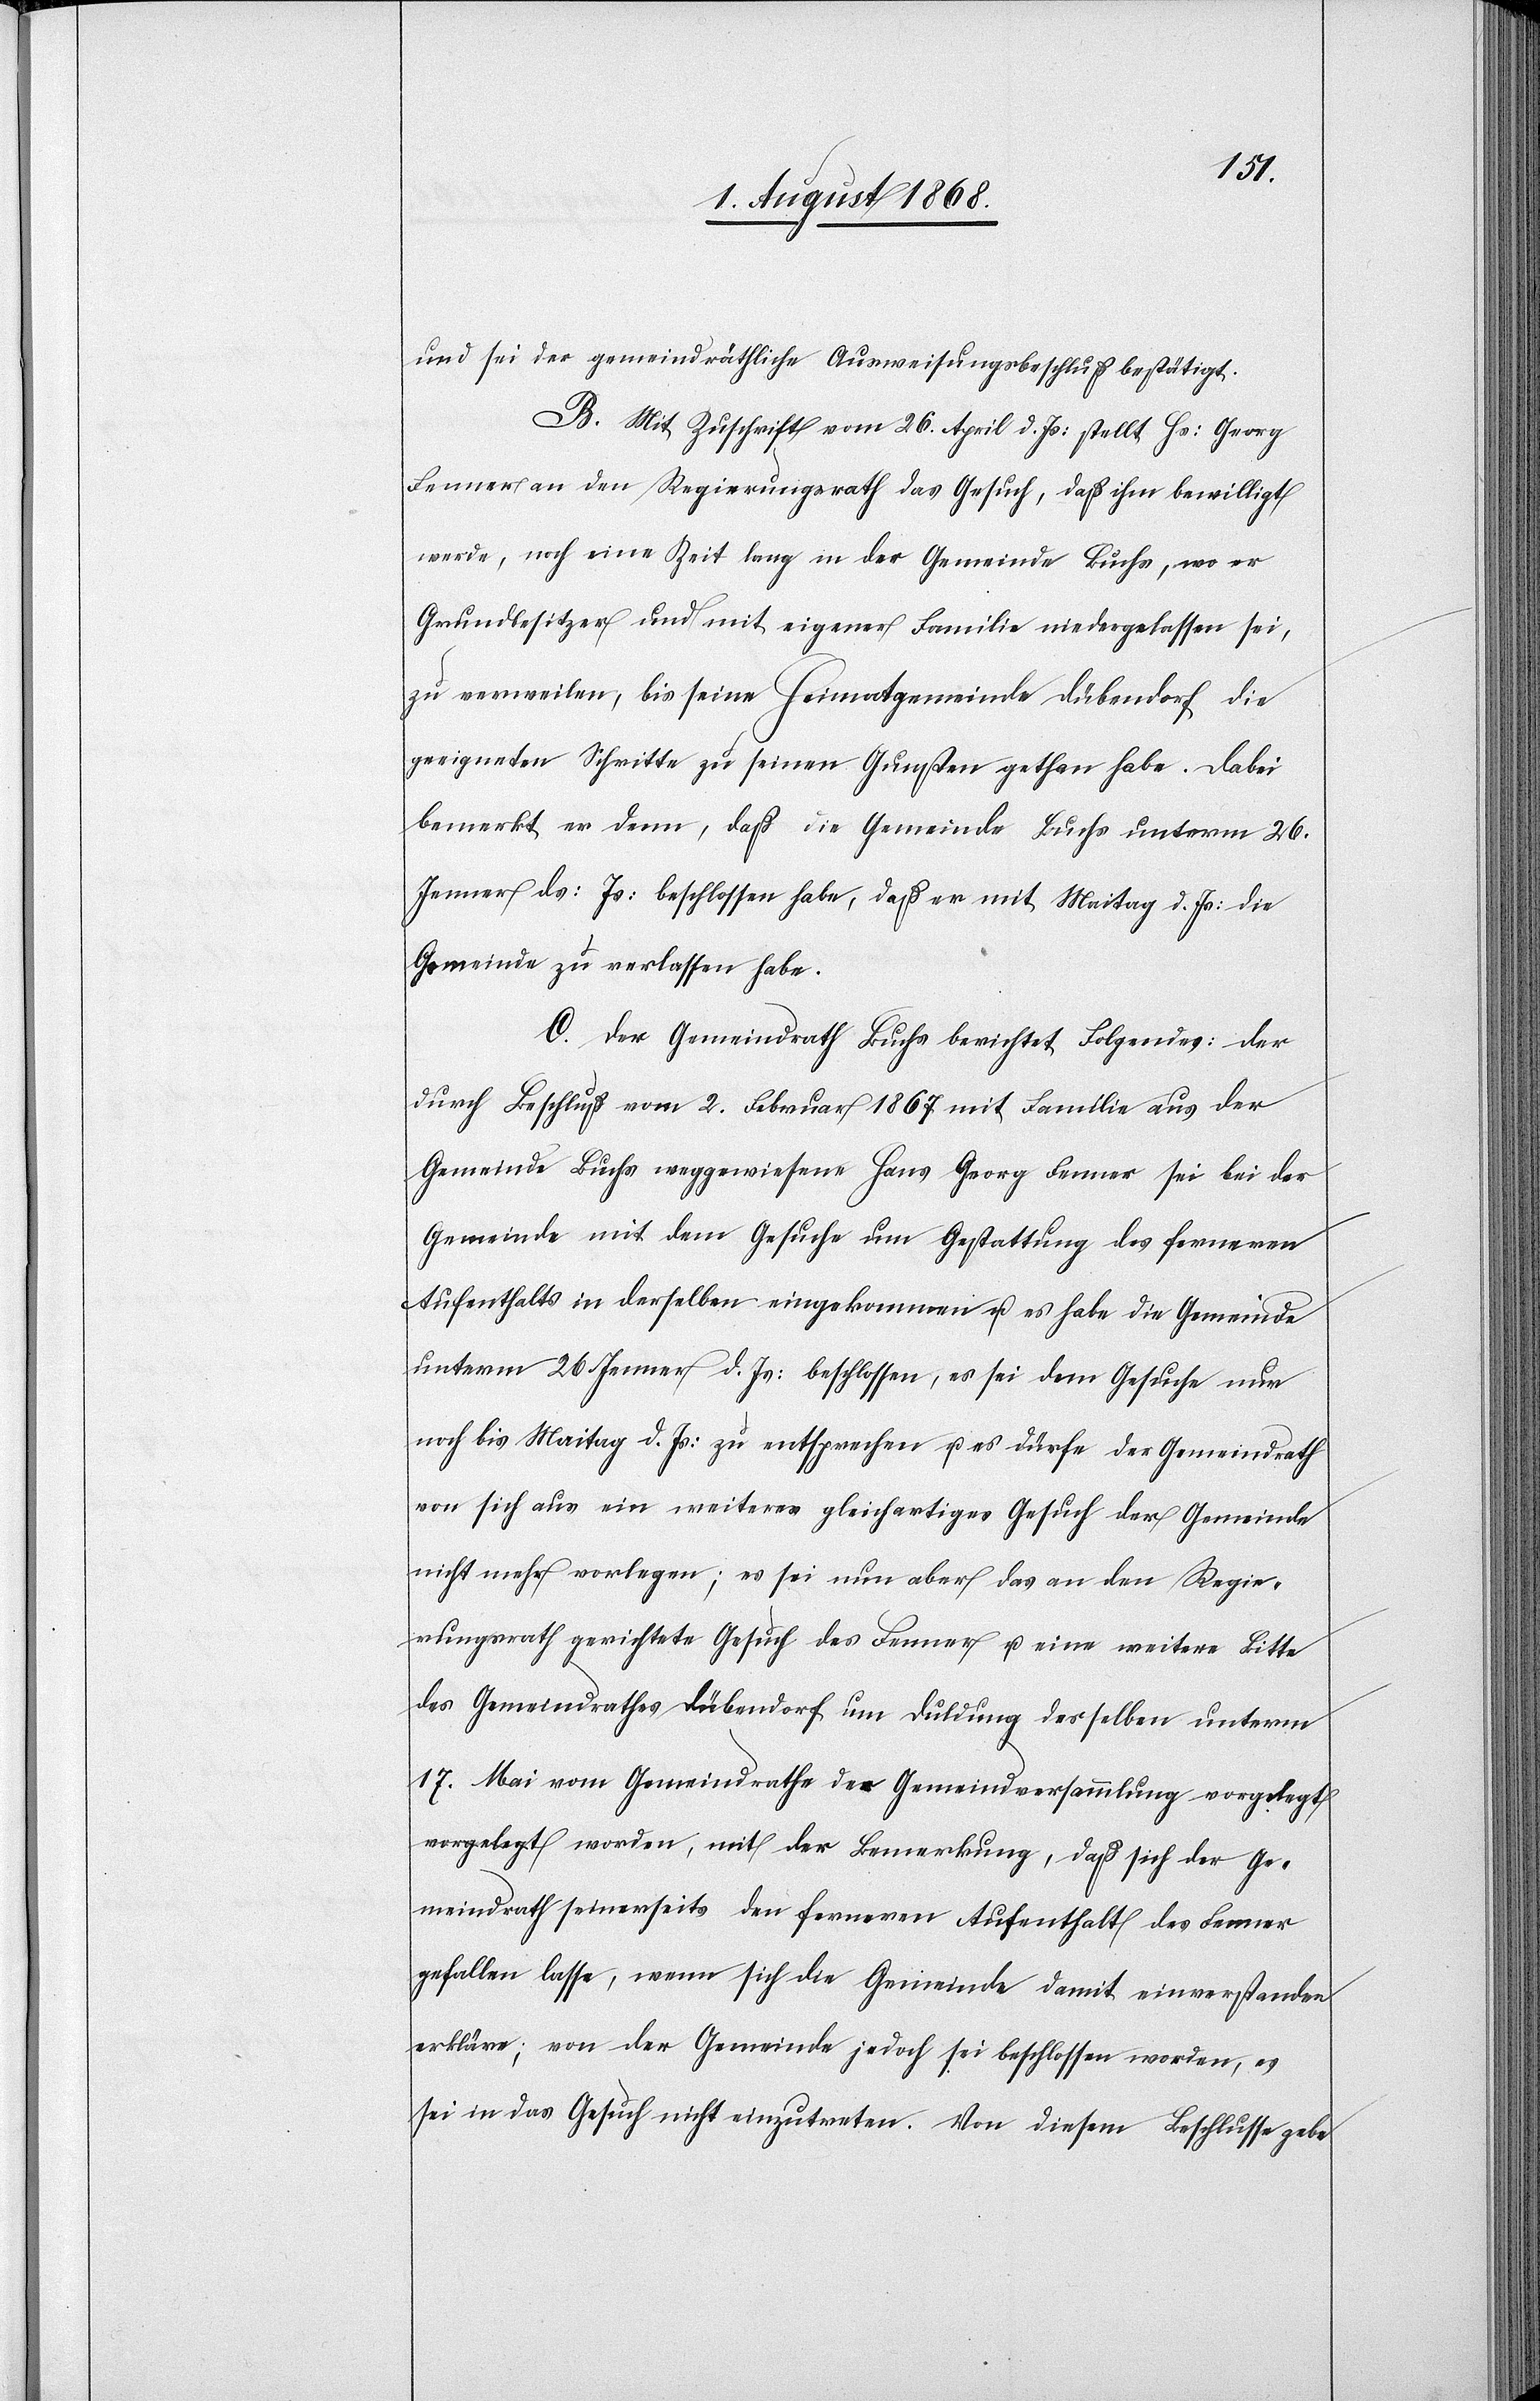
und sei der gemeindräthliche Ausweisungsbeschluß bestätigt.
B. Mit Zuschrift vom 26. April d. Js: stellt Hs: Georg
Fenner an den Regierungsrath das Gesuch, daß ihm bewilligt
werde, noch eine Zeit lang in der Gemeinde Buchs, wo er
Grundbesitzer und mit eigener Familie niedergelassen sei,
zu verweilen, bis seine Heimatgemeinde Dübendorf die
geeigneten Schritte zu seinen Gunsten gethan habe. Dabei
bemerkt er denn, daß die Gemeinde Buchs unterm 26.
Jenner ds: Js: beschlossen habe, daß er mit Maitag d. Js: die
Gemeinde zu verlassen habe.
C. Der Gemeindrath Buchs berichtet Folgendes: Der
durch Beschluß vom 2. Februar 1867 mit Familie aus der
Gemeinde Buchs weggewiesene Hans Georg Fenner sei bei der
Gemeinde mit dem Gesuche um Gestattung des ferneren
Aufenthalts in derselben eingekommen u. es habe die Gemeinde
unterm 26. Jenner d. Js: beschlossen, es sei dem Gesuche nur
noch bis Maitag d. Js: zu entsprechen u. es dürfe der Gemeindrath
von sich aus ein weiteres gleichartiges Gesuch der Gemeinde
nicht mehr vorlegen; es sei nun aber das an den Regie¬
rungsrath gerichtete Gesuch des Fenner u. eine weitere Bitte
des Gemeindrathes Dübendorf um Duldung desselben unterm
17. Mai vom Gemeindrathe der Gemeindversammlung vorgelegt
Gemeindrath seinerseits den ferneren Aufenthalt des Fenner
gefallen lasse, wenn sich die Gemeinde damit einverstanden
erkläre; von der Gemeinde jedoch sei beschlossen worden, es
sei in das Gesuch nicht einzutreten. Von diesem Beschlusse gebe